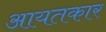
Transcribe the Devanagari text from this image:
आयतकार